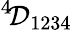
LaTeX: ^{4}\! {\cal D}_{1234}